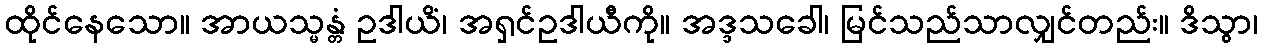
ထိုင်နေသော။ အာယသ္မန္တံ ဥဒါယိံ၊ အရှင်ဥဒါယီကို။ အဒ္ဒသခေါ၊ မြင်သည်သာလျှင်တည်း။ ဒိသွာ၊